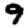
Digit: 9